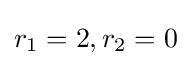
r_{1}=2,r_{2}=0